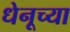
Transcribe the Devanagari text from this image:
धेनूच्या